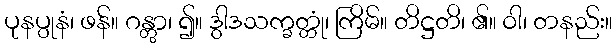
ပုနပ္ပုနံ၊ ဖန်။ ဂန္တွာ၊ ၍။ ဒွါဒသက္ခတ္တုံ၊ ကြိမ်။ တိဋ္ဌတိ၊ ၏။ ဝါ၊ တနည်း။